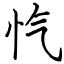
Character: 忾